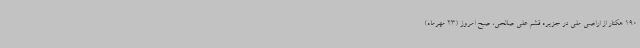
190 هکتار از اراضی ملی در جزیره قشم علی صالحی، صبح امروز (23 مهرماه)